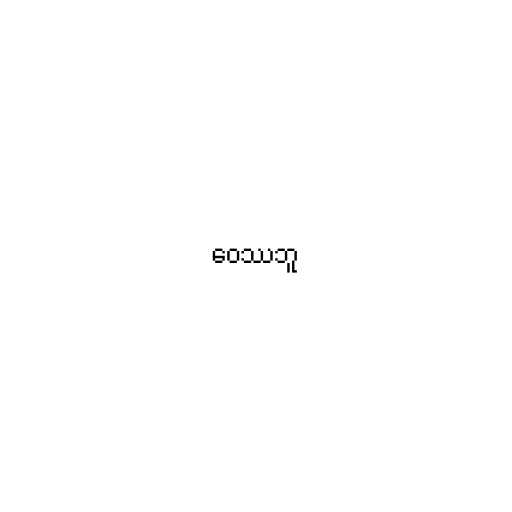
ဝေဿဘူ